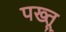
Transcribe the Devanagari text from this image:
पख्तू